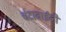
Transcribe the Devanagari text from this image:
चंदाबाईंनी